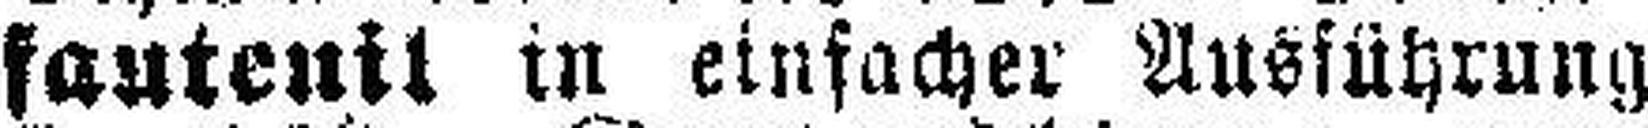
fauteuil in einfacher Ausführung